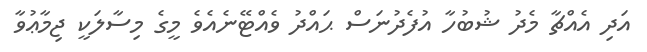
އަދި އެއްޗާ މެދު ޝުބުހާ އުފެދުނަސް ޙައްދު ވެއްޓޭނެއެވެ މީގެ މިސާލަކީ ޖިމާޢުވާ